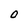
Character: O